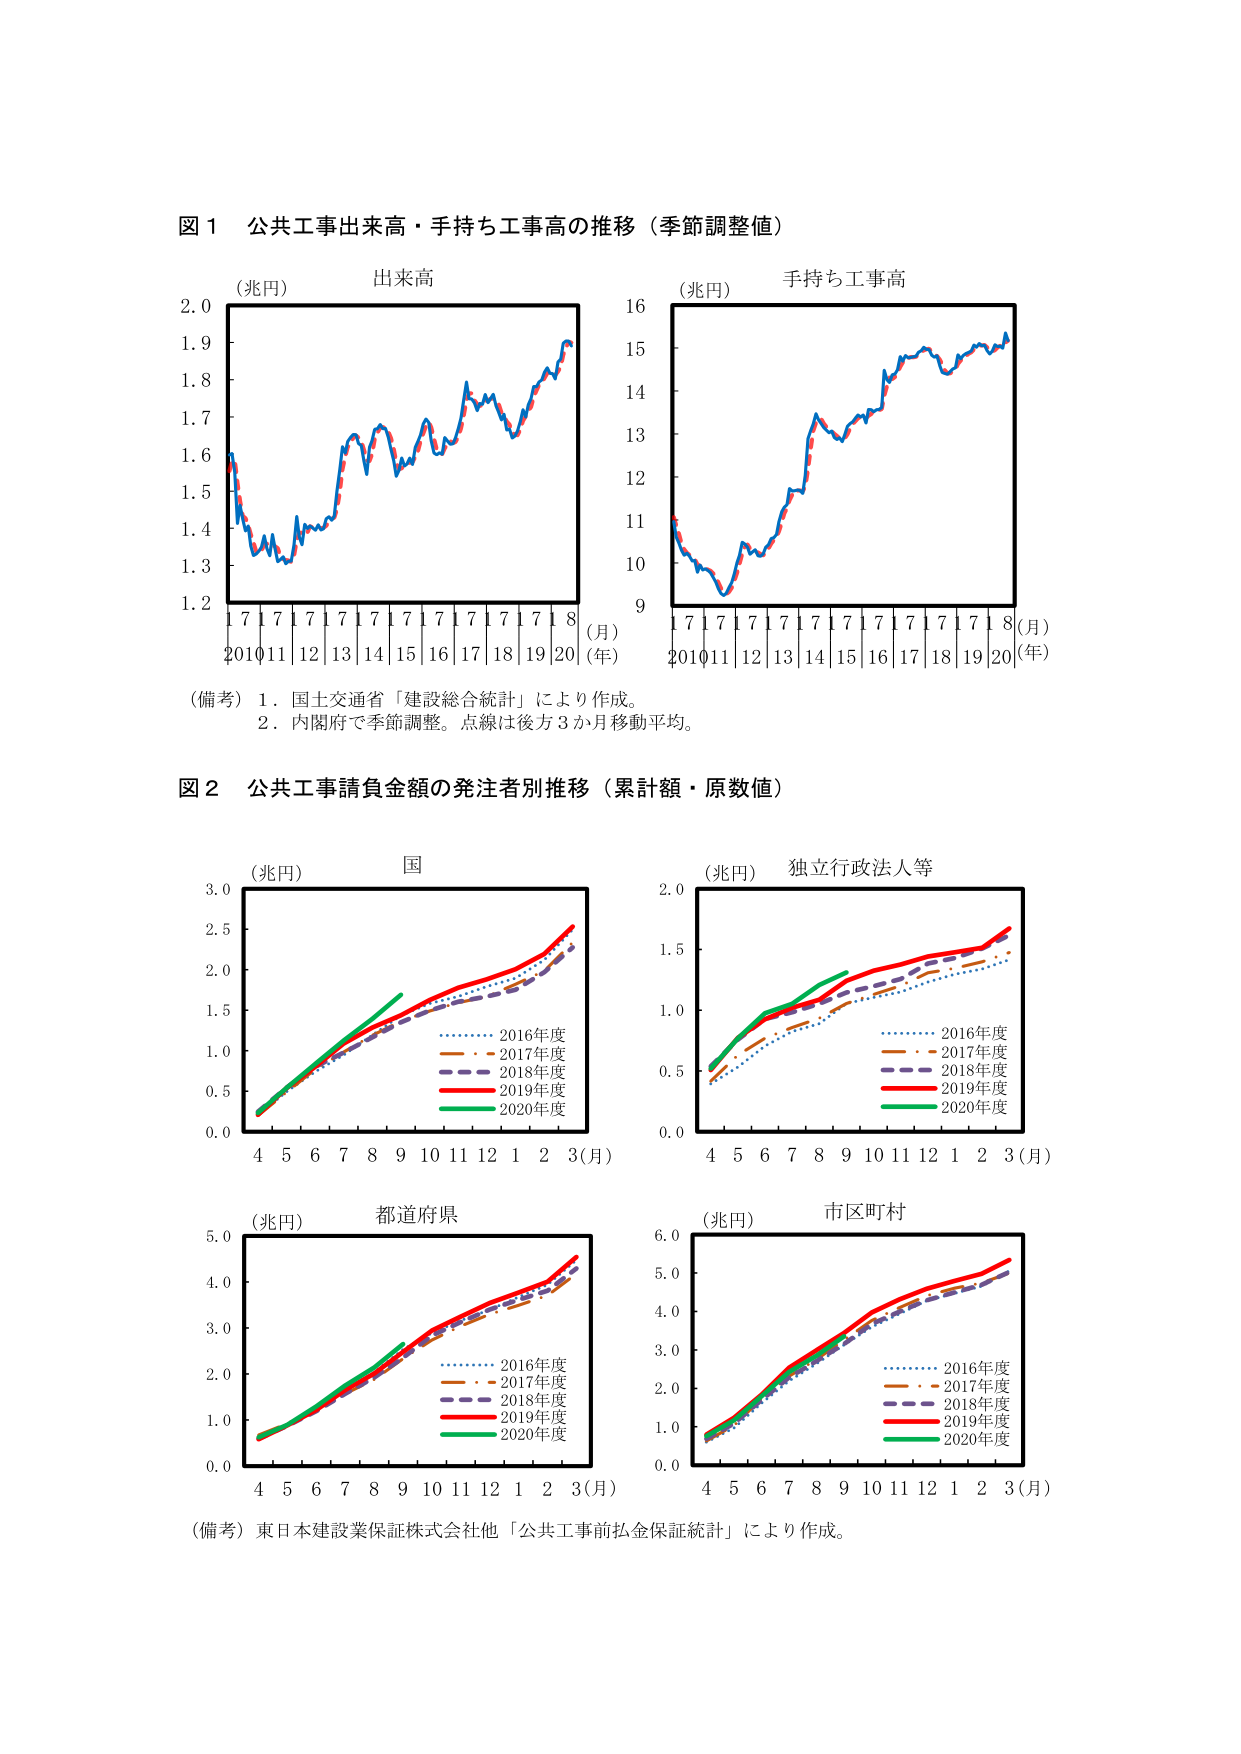
図１ 公共工事出来高・手持ち工事高の推移（季節調整値）

（兆円） 出来高
2.0
1.9
1.8
1.7
1.6
1.5
1.4
1.3
1.2
7 7 7 7 7 7 7 7 7 7 7 8（月）
2010 11 12 13 14 15 16 17 18 19 20（年）

（兆円） 手持ち工事高
16
15
14
13
12
11
10
9
7 7 7 7 7 7 7 7 7 7 7 8（月）
2010 11 12 13 14 15 16 17 18 19 20（年）

（備考）1．国土交通省「建設総合統計」により作成。
　　　2．内閣府で季節調整。点線は後方3か月移動平均。

図２ 公共工事請負金額の発注者別推移（累計額・原数値）

（兆円） 国
3.0
2.5
2.0
1.5
1.0
0.5
0.0
4 5 6 7 8 9 10 11 12 1 2 3（月）
　　　　　　　　　　・・・・・・2016年度
　　　　　　　　　　－－－－2017年度
　　　　　　　　　　－－－－2018年度
　　　　　　　　　　－－－－2019年度
　　　　　　　　　　－－－－2020年度

（兆円） 独立行政法人等
2.0
1.5
1.0
0.5
0.0
4 5 6 7 8 9 10 11 12 1 2 3（月）
　　　　　　　　　　・・・・・・2016年度
　　　　　　　　　　－－－－2017年度
　　　　　　　　　　－－－－2018年度
　　　　　　　　　　－－－－2019年度
　　　　　　　　　　－－－－2020年度

（兆円） 都道府県
5.0
4.0
3.0
2.0
1.0
0.0
4 5 6 7 8 9 10 11 12 1 2 3（月）
　　　　　　　　　　・・・・・・2016年度
　　　　　　　　　　－－－－2017年度
　　　　　　　　　　－－－－2018年度
　　　　　　　　　　－－－－2019年度
　　　　　　　　　　－－－－2020年度

（兆円） 市区町村
6.0
5.0
4.0
3.0
2.0
1.0
0.0
4 5 6 7 8 9 10 11 12 1 2 3（月）
　　　　　　　　　　・・・・・・2016年度
　　　　　　　　　　－－－－2017年度
　　　　　　　　　　－－－－2018年度
　　　　　　　　　　－－－－2019年度
　　　　　　　　　　－－－－2020年度

（備考）東日本建設業保証株式会社他「公共工事前払金保証統計」により作成。